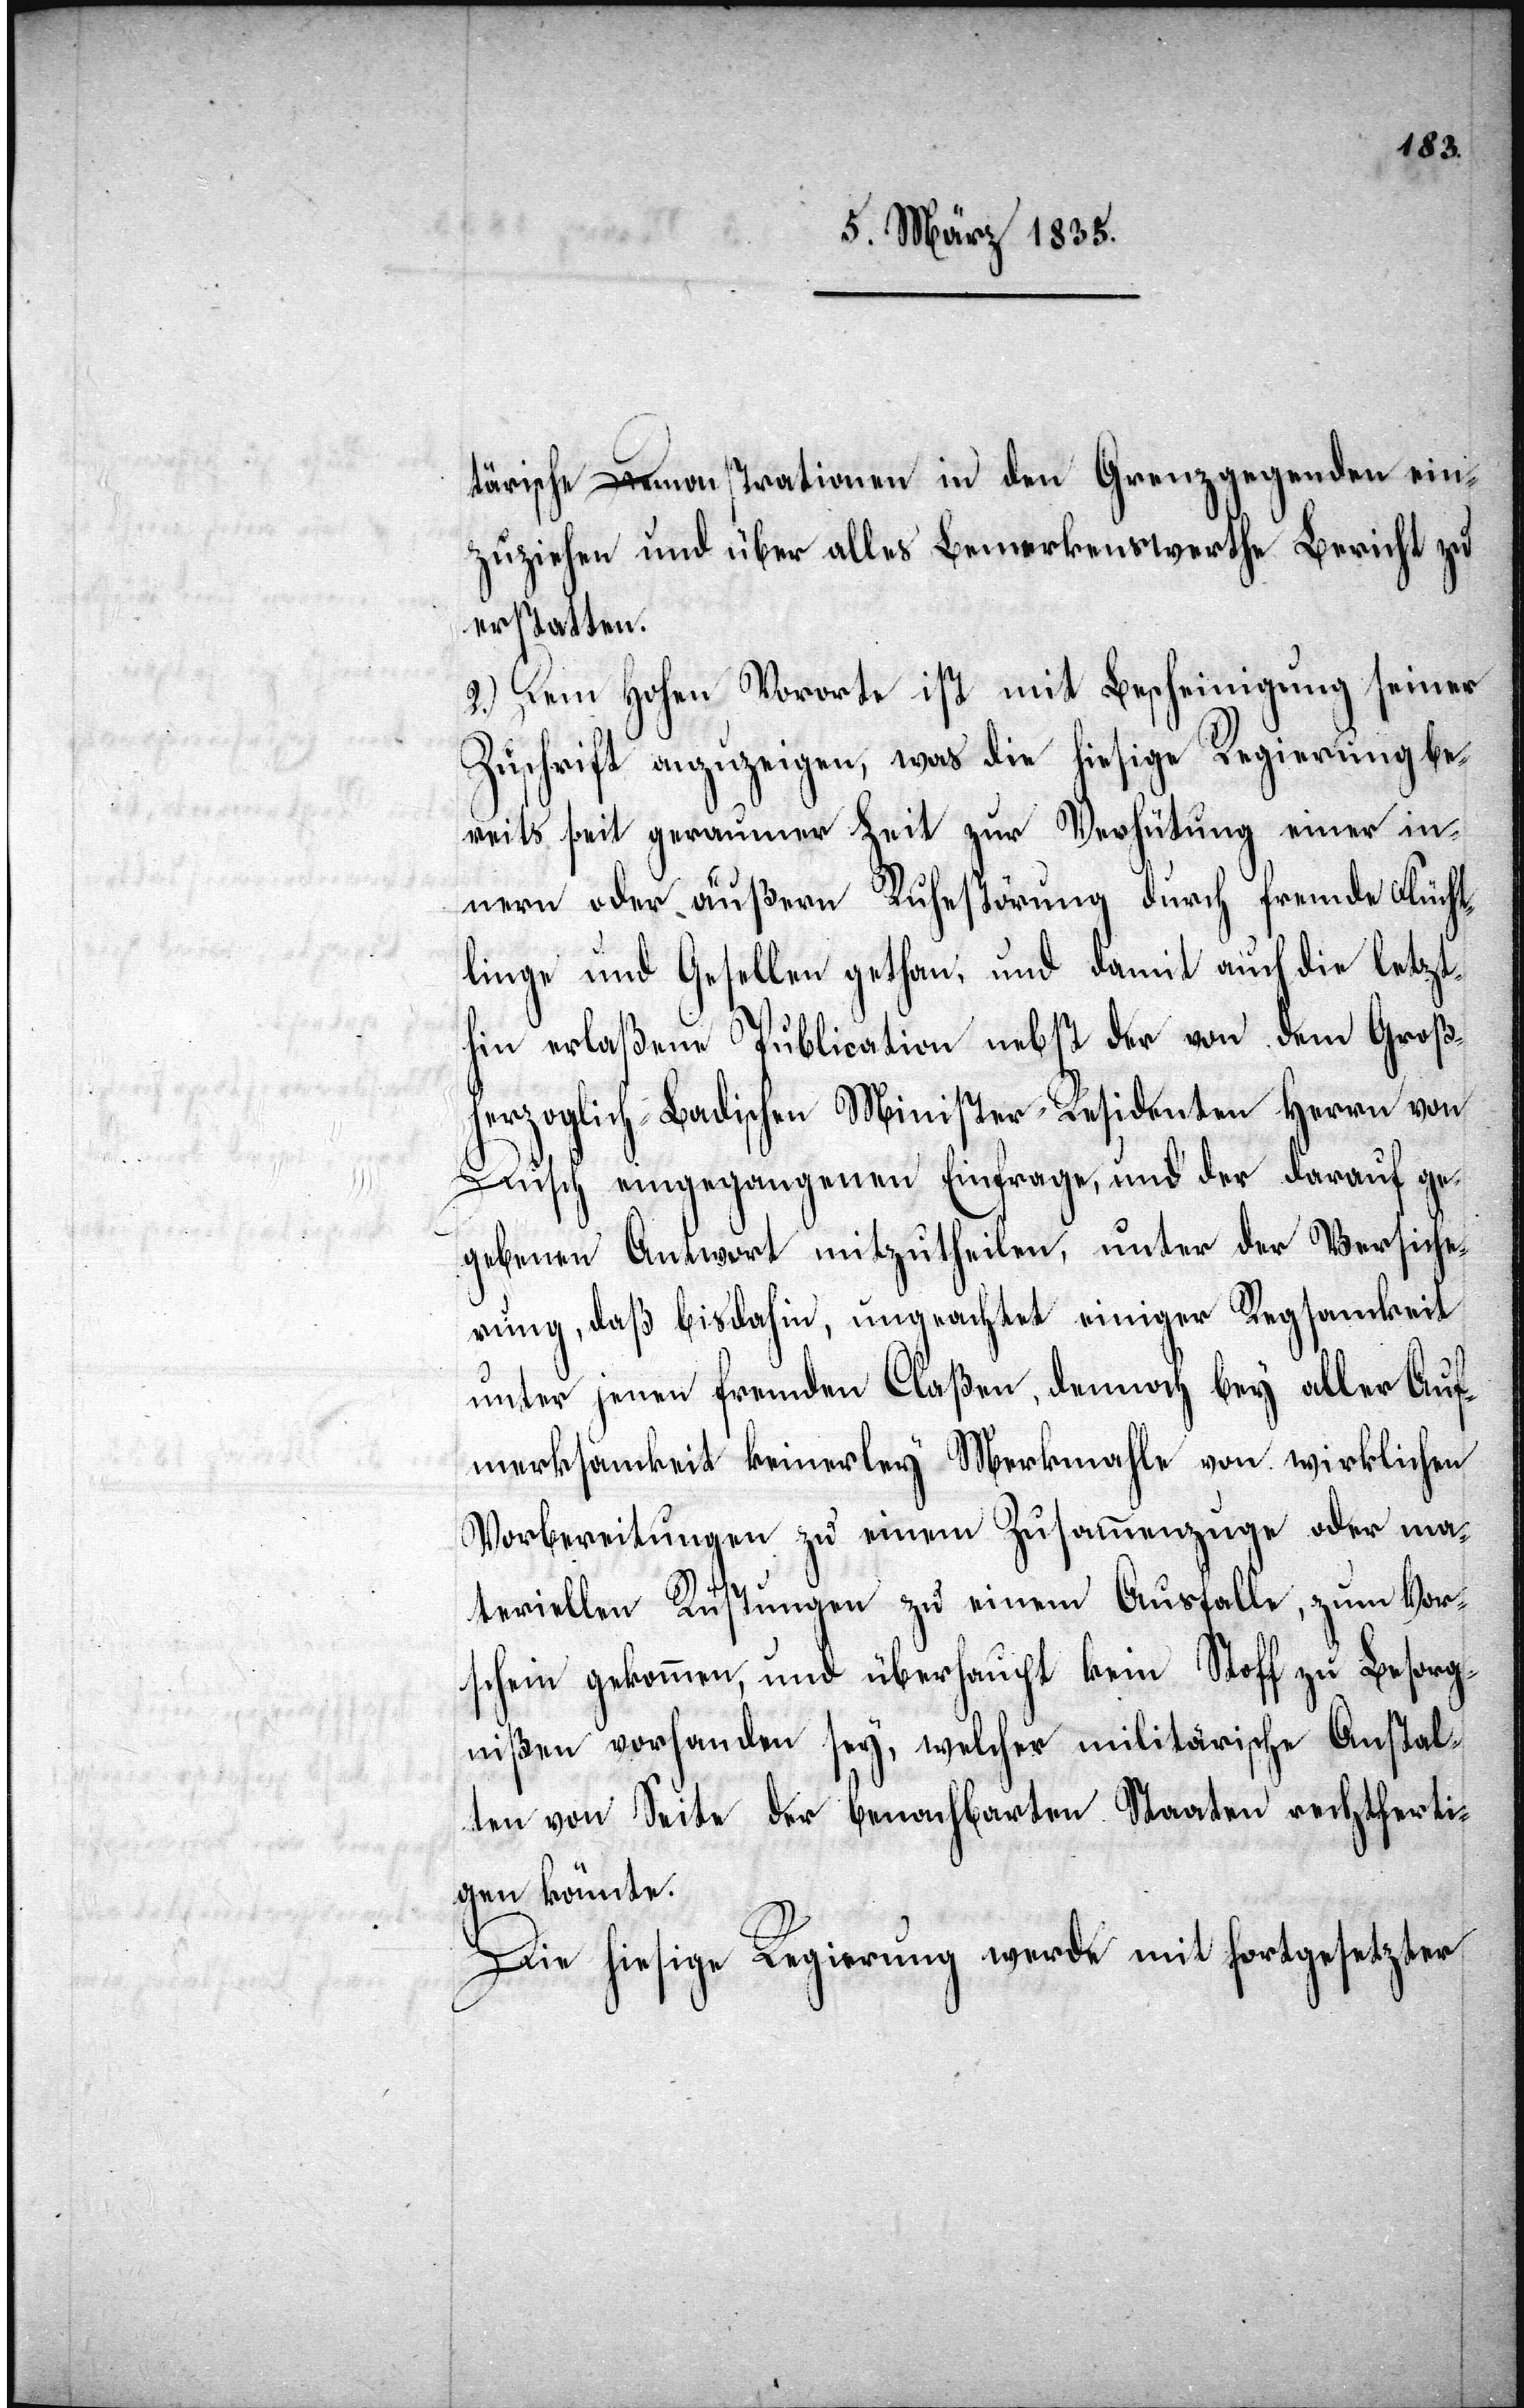
tärische Demonstrationen in den Grenzgegenden ein¬
zuziehen und über alles Bemerkenswerthe Bericht zu
erstatten.
2.) Dem Hohen Vororte ist mit Bescheinigung seiner
Zuschrift anzuzeigen, was die hiesige Regierung be¬
reits seit geraumer Zeit zur Verhütung einer in¬
nern oder äußern Ruhestörung durch fremde Flücht¬
linge und Gesellen gethan, und damit auch die letzt¬
hin erlaßene Publication nebst der von dem Groß¬
herzoglich-Badischen Minister-Residenten Herrn von
Dusch eingegangenen Einfrage, und der darauf ge¬
gebenen Antwort mitzutheilen, unter der Versiche¬
rung, daß bisdahin, ungeachtet einiger Regsamkeit
unter jenen fremden Claßen, demnach bey aller Auf¬
merksamkeit keinerley Merkmahle von wirklichen
Vorbereitungen zu einem Ausfalle, zum Vor¬
schein gekommen, und überhaupt kein Stoff zu Besorg¬
nißen vorhanden sey, welcher militärische Anstal¬
ten von Seite der benachbarten Staaten rechtferti¬
gen könnte.
Die hiesige Regierung werde mit fortgesetzter